Vaccine operations Central Provinces 1868-1885 - 1868-1885
Year: 1868
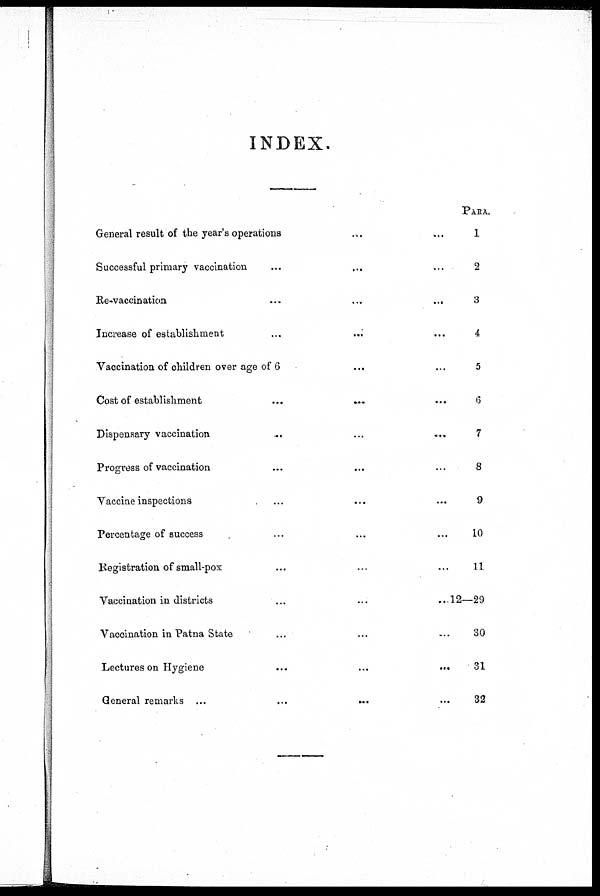
INDEX.
General result of the year's operations... ...
Successful primary vaccination... ... ...
...
Re-vaccination... ... ...
Increase of establishment... ... ...
Vaccination of children over age of 6... ... ... ...
Cost of
establishment...
...
...
...
Dispensary vaccination... ... ...
Progress of vaccination... ... ... ...
Vaccine inspections...
...
...
...
Percentage of success... ... ...
Registration of small-pox... ... ...
Vaccination in districts... ... ...
Vaccination in Patna State... ... ...
Lectures on Hygiene... ... ...
General remarks... ... ...
PARA.
1
2
3
4
5
6
7
8
9
10
11
12—29
30
31
32